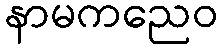
နာမကညေဝ